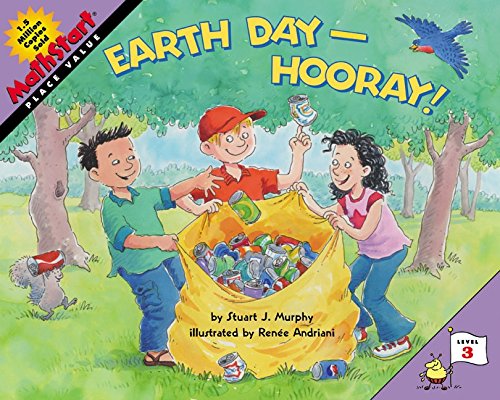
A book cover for Earth Day--Hooray! (MathStart 3); Stuart J. Murphy; Children's Books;